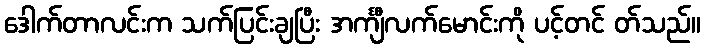
ဒေါက်တာလင်းက သက်ပြင်းချပြီး အင်္ကျီလက်မောင်းကို ပင့်တင် တ်သည်။